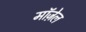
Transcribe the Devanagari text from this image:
मॉज़ेल